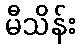
မီသိန်း